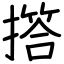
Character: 撘